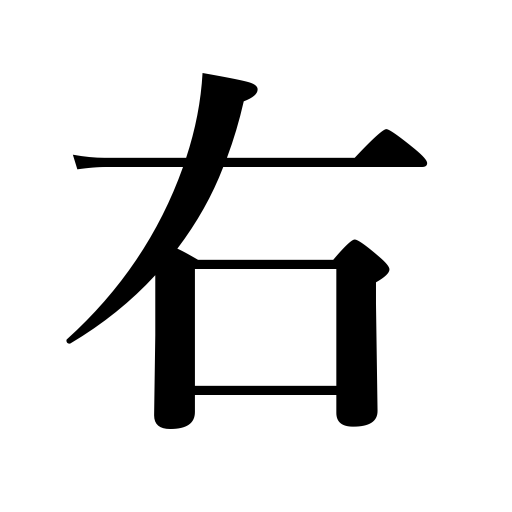
Meanings: right hand,right